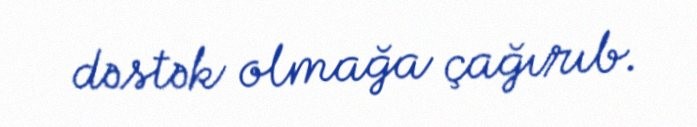
dəstək olmağa çağırıb.